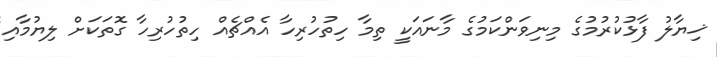
ޚިޔާލު ފާޅުކުރުމުގެ މިނިވަންކަމުގެ މާނައަކީ ތިމާ ހިތުހުރިހާ އެއްޗެއް ހިތުހުރިހާ ގޮތަކަށް ލިޔުމާއި